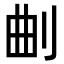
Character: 𭃗